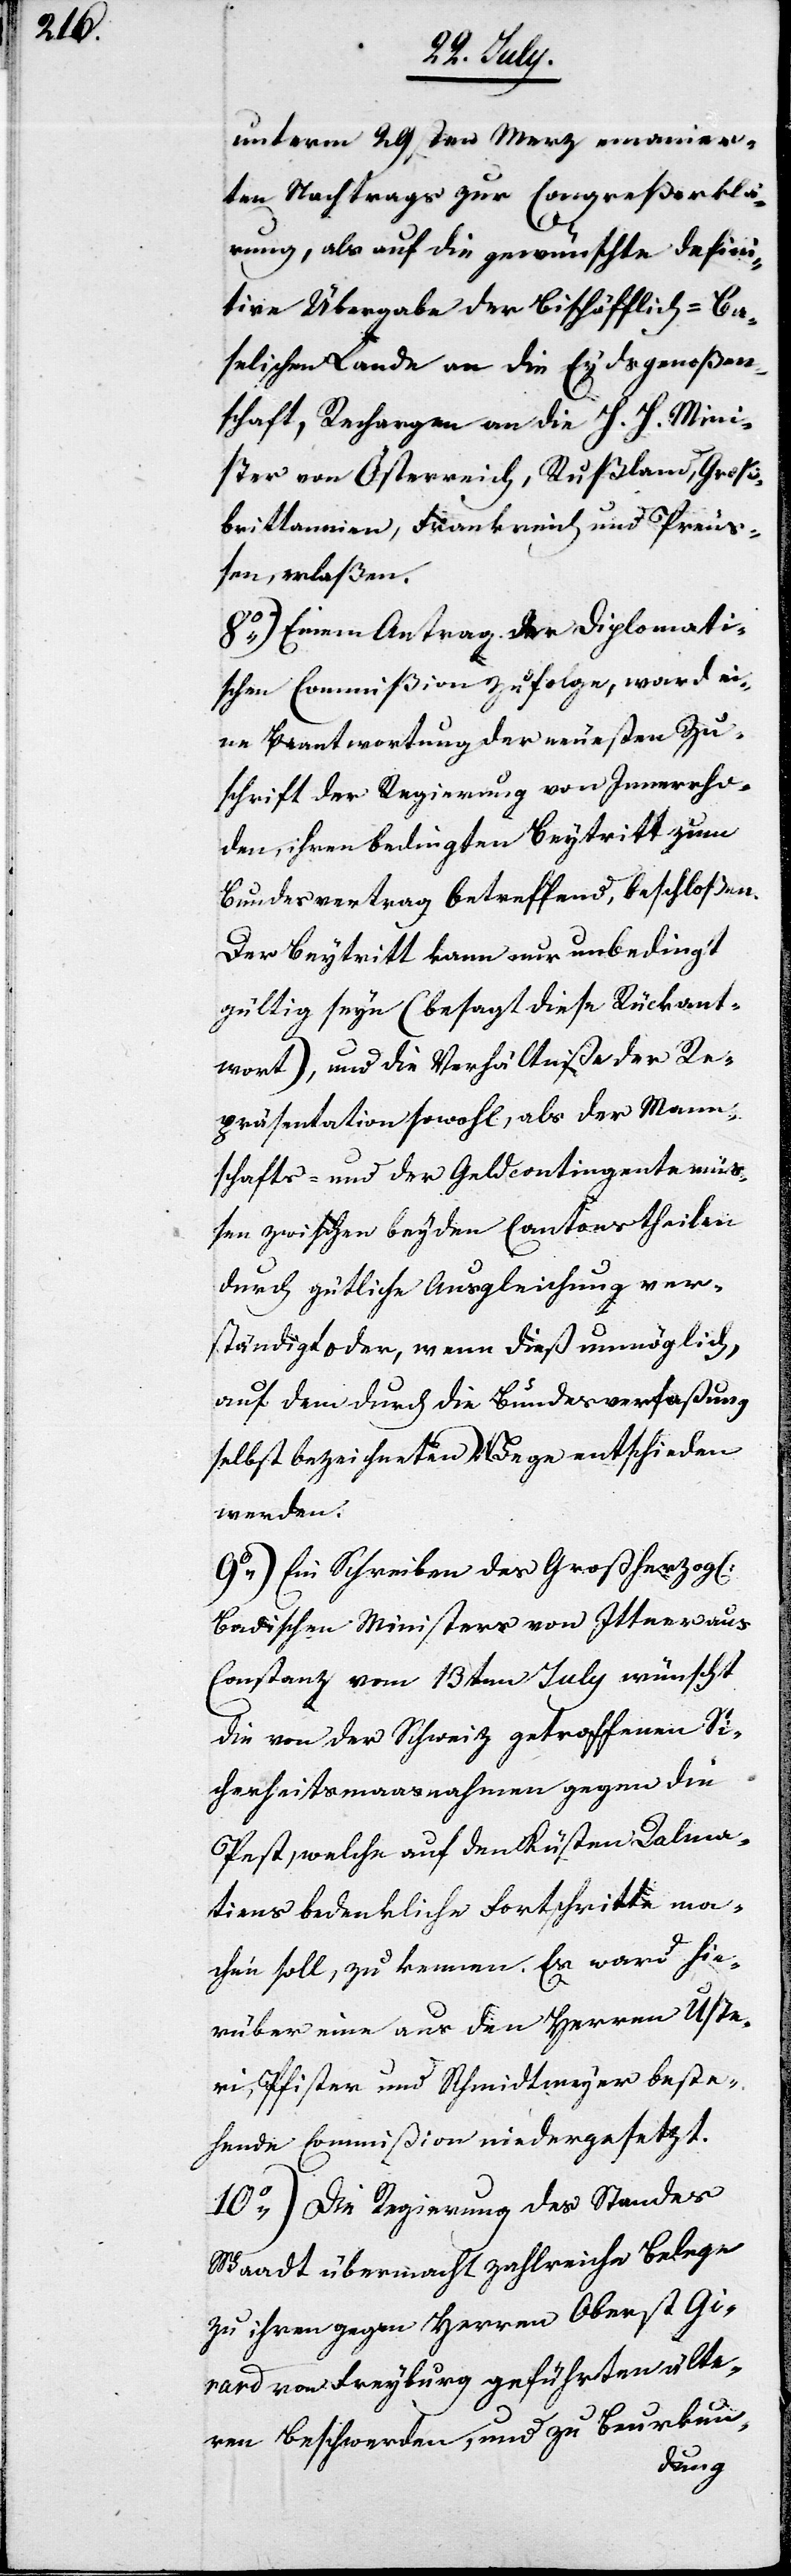
unterm 29sten Merz emanier¬
ten Nachtrags zur Congreßerklä¬
rung, als auf die gewünschte defini¬
tive Übergabe der Bischöfflich-Ba¬
selischen Lande an die Eydsgenoßen¬
schaft, Rechargen an die H. H. Mini¬
ster von Österreich, Rußland, Groß¬
brittannien, Frankreich und Preuß¬
en, erlaßen.
8.) Einem Antrag an die Diplomati¬
sche Commißion zufolge, ward ei¬
ne Beantwortung der neuesten Zu¬
schrift der Regierung von Innerrho¬
den, ihren bedingten Beytritt zum
Bundesvertrag betreffend, beschloßen.
Der Beytritt kann nur unbedingt
gültig seyn (besagt diese Rückant¬
wort) und die Verhältniße der Re¬
präsentation sowohl, als der Mann¬
schafts- und der Geldcontingente müß¬
en zwischen beyden Cantonstheilen
durch gütliche Ausgleichung ver¬
ständigt oder, wenn dieß unmöglich,
auf dem durch die Bundesverfaßung
selbst bezeichneten Wege entschieden
werden.
9.) Ein Schreiben des Großherzogl.
Badischen Ministers von Ittner aus
Constanz vom 13ten July wünscht
die von der Schweiz getroffenen Si¬
cherheitsmaaßnahmen gegen die
Pest, welche auf den Küsten Dalama¬
tiens bedenkliche Fortschritte ma¬
chen soll, zu kennen. Es ward hie¬
rüber eine aus den Herren Uste¬
ri, Pfister und Schmidtmeyer beste¬
hende Commißion niedergesetzt.
10.) Die Regierung des Standes
Waadt übermacht zahlreiche Belege
zu ihren gegen Herren Oberst Gi¬
rard von Freyburg geführten älte¬
ren Beschwerden, und zu Beurkun-